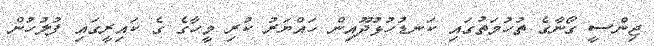
ޖިންސީ ގޯނާގެ ތުހުމަތުގައި ކަނޑުހުޅުދޫއިން ހައްޔަރު ކުރި މީހާގެ ގެ ކައިރީގައި ފުލުހުން